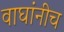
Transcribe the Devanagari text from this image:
वाघांनीच